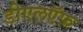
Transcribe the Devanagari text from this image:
डीएलऍफ़